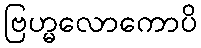
ဗြဟ္မလောကောပိ